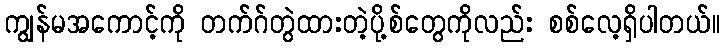
ကျွန်မအကောင့်ကို တက်ဂ်တွဲထားတဲ့ပို့စ်တွေကိုလည်း စစ်လေ့ရှိပါတယ်။